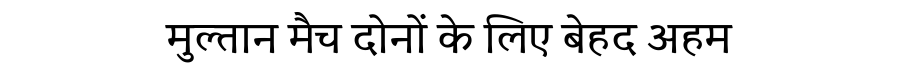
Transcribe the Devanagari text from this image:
मुल्तान मैच दोनों के लिए बेहद अहम